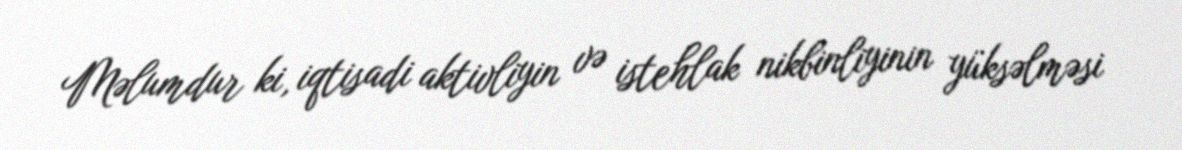
Məlumdur ki, iqtisadi aktivliyin və istehlak nikbinliyinin yüksəlməsi